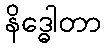
နိဒ္ဓေါတာ